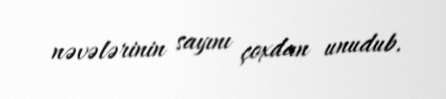
nəvələrinin sayını çoxdan unudub.